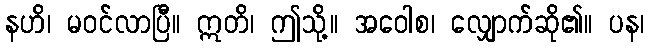
နဟိ၊ မဝင်လာပြီ။ ဣတိ၊ ဤသို့။ အဝေါစ၊ လျှောက်ဆို၏။ ပန၊